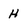
Character: H